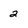
Character: 2